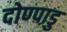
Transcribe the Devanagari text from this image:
दोण्पाडु